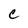
Character: C